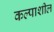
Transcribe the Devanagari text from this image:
कल्पाशील